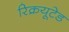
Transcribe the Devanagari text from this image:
रिक्रयूटेड